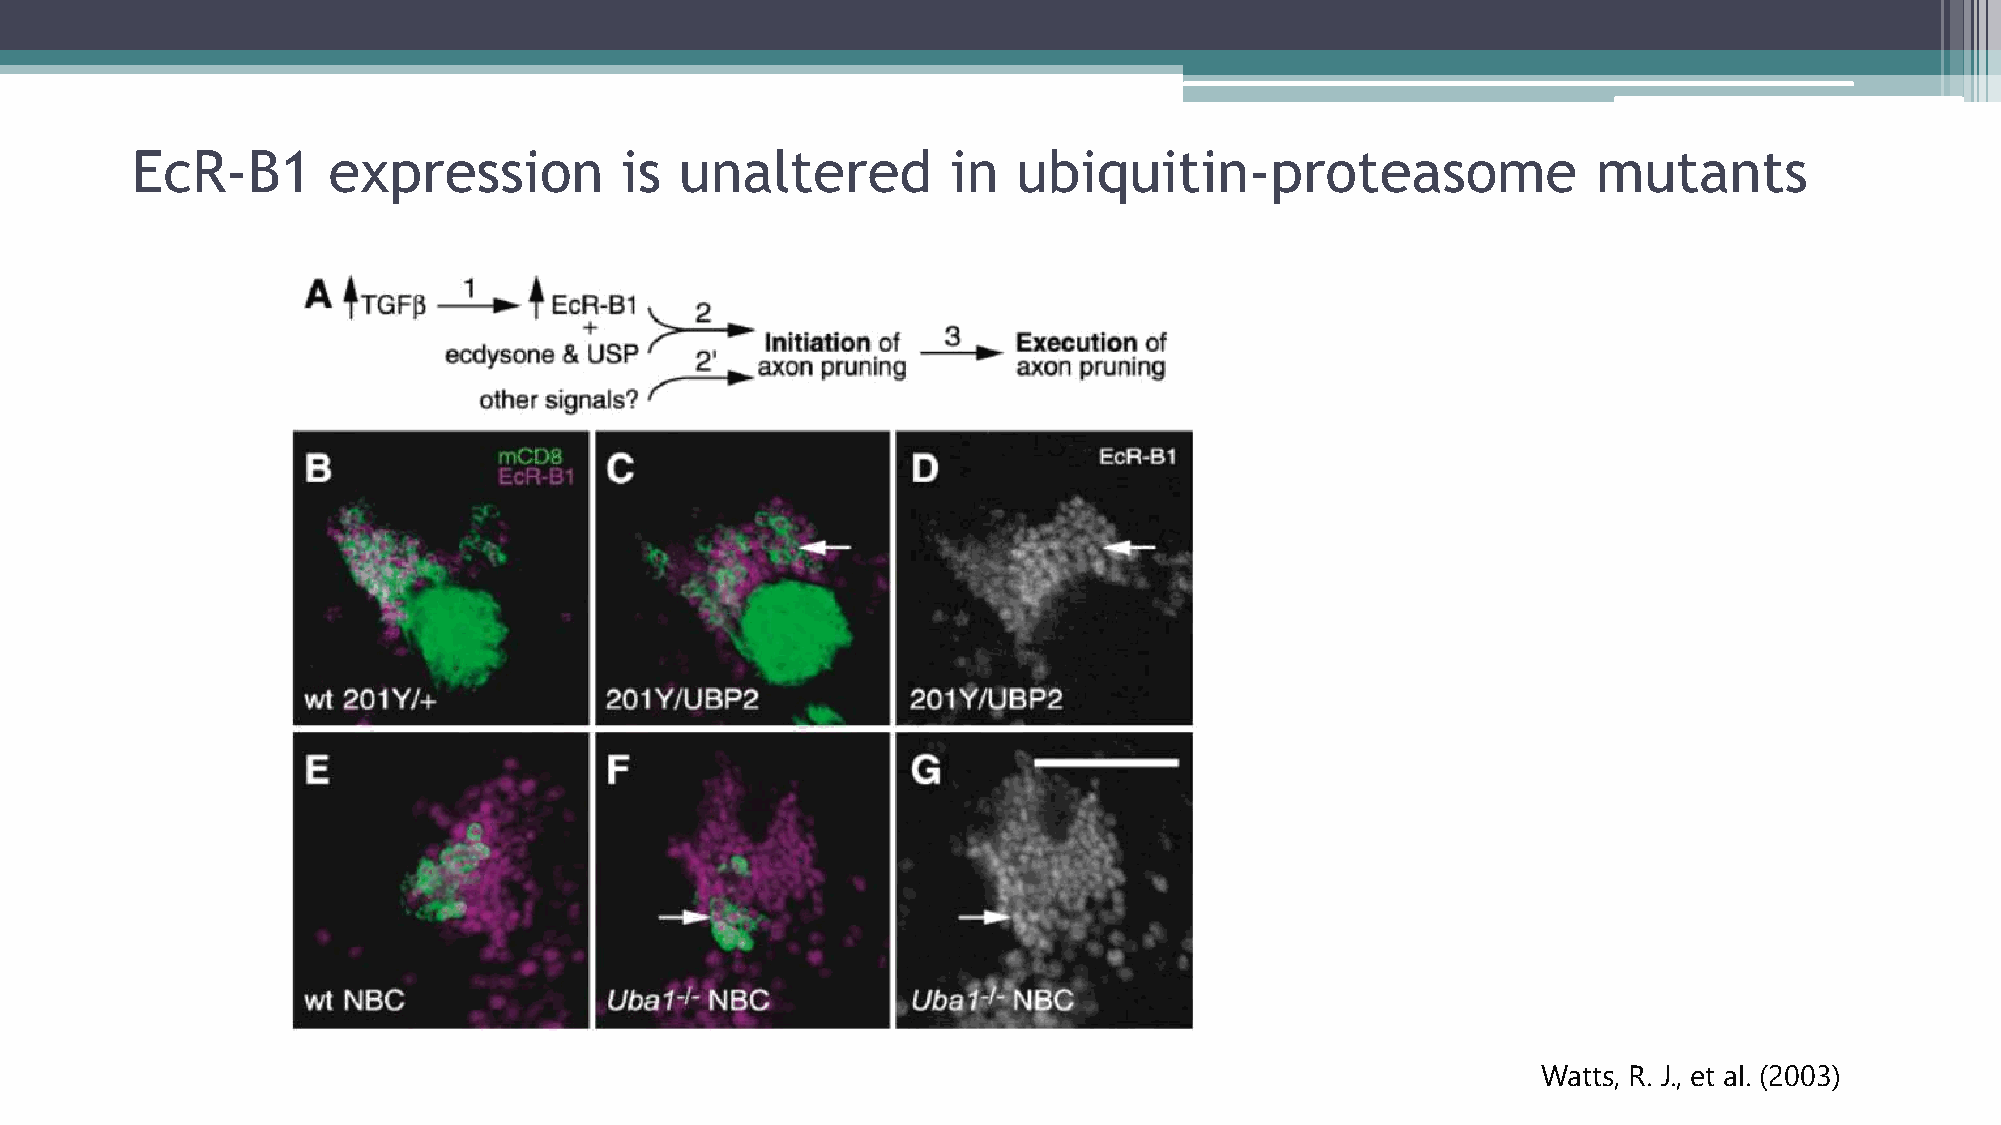
EcR-B1       expression         is  unaltered         in  ubiquitin-proteasome                   mutants
 Watts, R. J., et al. (2003)